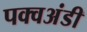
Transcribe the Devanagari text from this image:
पक्वअंडी